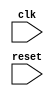
module synchronous_logic_block (
    input wire clk,
    input wire reset,
    // other inputs here
    // other outputs here
);

// Declare reg types for sequential logic
reg [7:0] data_reg;

// Posedge triggered block
always @ (posedge clk) begin
    if (reset) begin
        // Reset logic here
    end else begin
        // Synchronous logic here
        // Perform specific actions synchronously with the clock signal
    end
end

// Additional logic here

endmodule